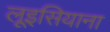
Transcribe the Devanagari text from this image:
लूइसियाना